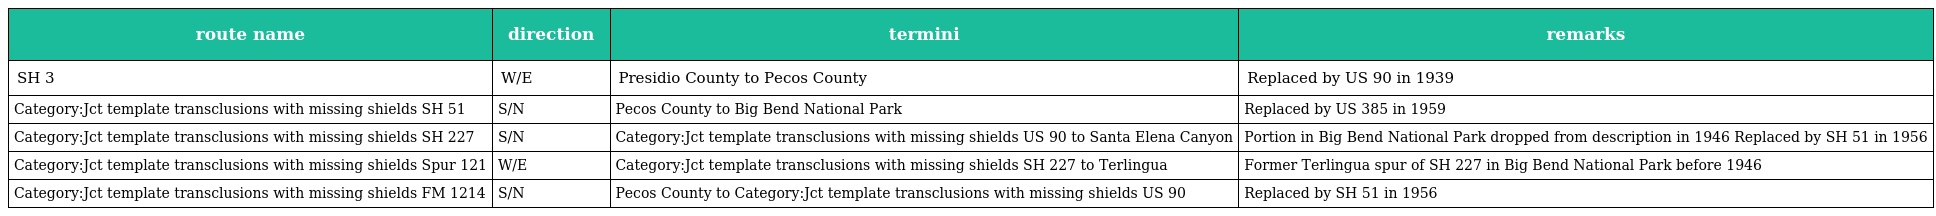
| route name | direction | termini | remarks |
 | --- | --- | --- | --- |
 | SH 3 | W/E | Presidio County to Pecos County | Replaced by US 90 in 1939 |
 | Category:Jct template transclusions with missing shields SH 51 | S/N | Pecos County to Big Bend National Park | Replaced by US 385 in 1959 |
 | Category:Jct template transclusions with missing shields SH 227 | S/N | Category:Jct template transclusions with missing shields US 90 to Santa Elena Canyon | Portion in Big Bend National Park dropped from description in 1946 Replaced by SH 51 in 1956 |
 | Category:Jct template transclusions with missing shields Spur 121 | W/E | Category:Jct template transclusions with missing shields SH 227 to Terlingua | Former Terlingua spur of SH 227 in Big Bend National Park before 1946 |
 | Category:Jct template transclusions with missing shields FM 1214 | S/N | Pecos County to Category:Jct template transclusions with missing shields US 90 | Replaced by SH 51 in 1956 |